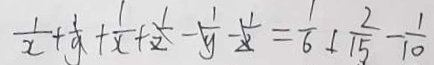
\frac { 1 } { 2 } + \frac { 1 } { y } + \frac { 1 } { x } + \frac { 1 } { z } - \frac { 1 } { y } - \frac { 1 } { z } = \frac { 1 } { 6 } + \frac { 2 } { 1 5 } - \frac { 1 } { 1 0 }